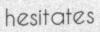
hesitates